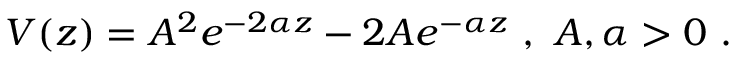
V ( z ) = A ^ { 2 } e ^ { - 2 \alpha z } - 2 A e ^ { - \alpha z } \ , \ A , \alpha > 0 \ .